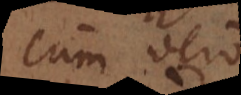
Cum vero